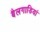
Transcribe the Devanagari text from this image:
बैलगाडियां